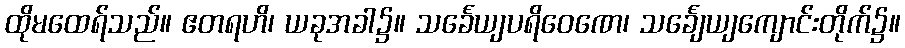
ထိုမထေရ်သည်။ ဧတရဟိ၊ ယခုအခါ၌။ သင်္ခေယျပရိဝေဏေ၊ သင်္ချေယျကျောင်းတိုက်၌။